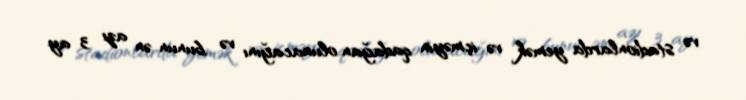
və stadionlarda yemək və içməyin qadağan olunacağını və bunun ən azı 3 ay